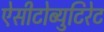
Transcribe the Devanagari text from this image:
ऐसीटोब्युटिरेट